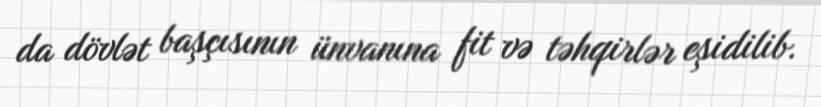
da dövlət başçısının ünvanına fit və təhqirlər eşidilib.